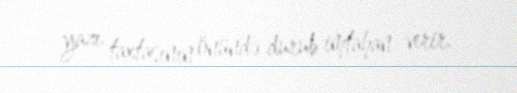
yazı taxtasının önündə durub imtahan verir.